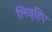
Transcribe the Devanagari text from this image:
लिव्हिए